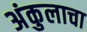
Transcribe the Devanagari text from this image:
अंकुलाचा